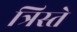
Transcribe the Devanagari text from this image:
त्रिस्ते